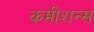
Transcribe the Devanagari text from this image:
कमीशन्स